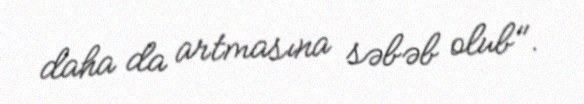
daha da artmasına səbəb olub".